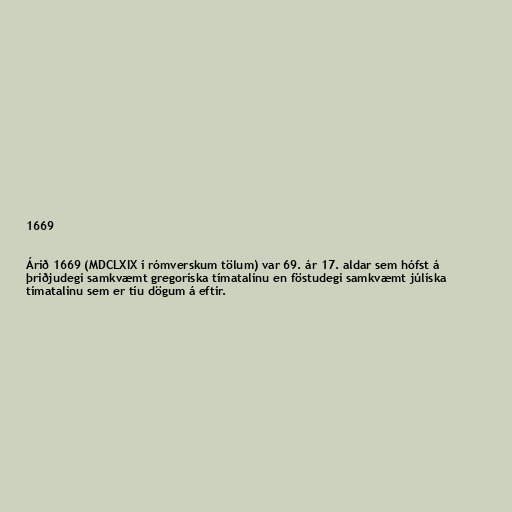
1669

Árið 1669 (MDCLXIX í rómverskum tölum) var 69. ár 17. aldar sem hófst á
þriðjudegi samkvæmt gregoríska tímatalinu en föstudegi samkvæmt júlíska
tímatalinu sem er tíu dögum á eftir.